Lunatic asylums Punjab 1881-1894 - 1881-1894
Year: 1881
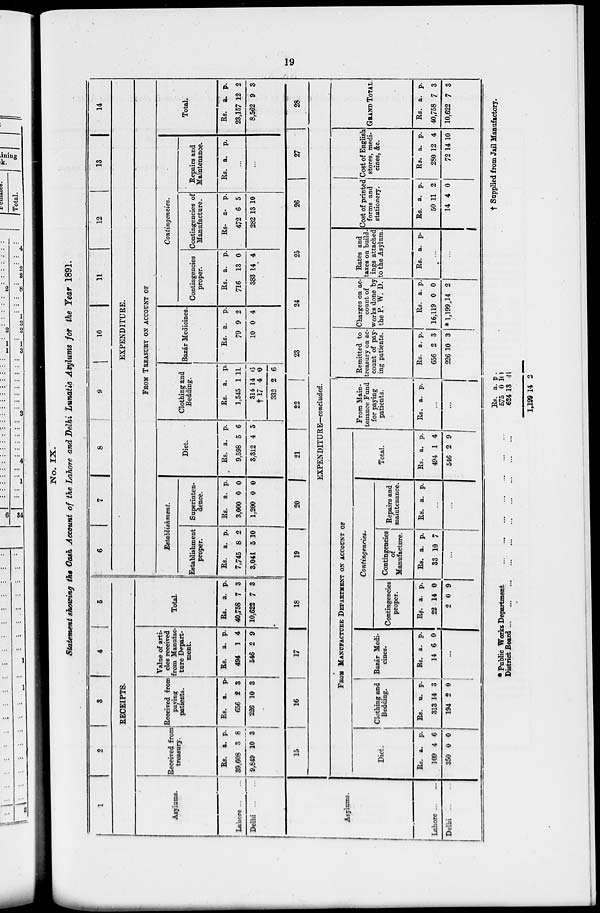
19
No. IX.
Statement showing the Cash Account of the Lahore and Delhi Lunatic Asylums for the Year 1891.
1
2
3 4
5
RECEIPTS.
Asylums.
Lahore ... ...
Delhi
...
...
Received from
treasury.
Rs.
39,608
9,849
a.
3
10
p.
8
3
Received from
paving
patients.
Rs.
656
226
a.
2
10
p.
3
3
Value of arti-
cles received
from Manufac-
ture Depart-
ment.
Rs.
494
546
a.
1
2
p.
4
9
Total
Rs.
40,758
10,622
a.
7
7
p.
3
3
6
7
8
9
10
11
12
13
14
EXPENDITURE.
FROM TREASURY ON ACCOUNT OF
Establishment.
Establishment
proper.
Rs.
7,745
3,041
a.
8
5
p.
2
10
Superinten-
dence.
Rs.
3,000
1,200
a.
0
0
p.
0
0
Diet.
Rs.
9,598
3,312
a.
5
4
p.
6
5
Clothing and
Bedding.
Rs.
1,545
314
†17
332
a.
1
14
4
2
p.
11
6
0
6
Bazár Medicines.
Rs.
79
10
a.
9
0
p.
2
4
Contingencies.
Contingencies
proper.
Rs.
716
383
a.
13
14
p.
0
4
Contingencies of
Manufacture.
Rs.
472
282
a.
6
13
p.
5
10
Repairs and
Maintenance.
Rs. a. p.
...
...
Total.
Rs.
23,157
8,562
a.
12
9
p.
2
3
Asylums.
Lahore ... ...
Delhi
...
...
15
16
17
18
19
20
21
22
23
24
25
26
27
28
EXPENDITURE—concluded.
FROM MANUFACTURE DEPARTMENT ON ACCOUNT OF
Diet.
Rs.
109
350
a.
4
0
p.
6
0
Clothing and
Bedding.
Rs.
313
194
a.
14
2
p.
3
0
Bazár Medi-
cines.
Rs.
14
a.
6
p.
0
...
Contingencies.
Contingencies
proper.
Rs.
22
2
a.
14
0
p.
0
9
Contingencies
of
Manufacture.
Rs.
33
a.
10
p.
7
...
Repairs and
maintenance.
Rs. a. p.
...
...
Total.
Rs.
494
546
a.
1
2
p.
4
9
From Main-
tenance Fund
for paying
patients.
Rs. a. p.
...
...
Remitted to
treasury on ac-
count of pay-
ing patients.
Rs.
656
226
a.
2
10
p.
3
3
Charges on ac-
count of
works done by
the P. W. D.
Rs.
16,119
* 1,199
a
0
14
p.
0
2
Rates and
taxes on build-
ings attached
to the Asylum.
Rs. a. p.
...
...
Cost of printed
forms and
stationery.
Rs.
50
14
a.
11
4
p.
2
0
Cost of English
stores, medi-
cines, &c.
Rs.
280
72
a.
12
14
p.
4
10
GRAND TOTAL.
Rs.
40,758
10,622
a.
7
7
p.
3
3
* Public Works Department
...
...
...
...
...
...
...
District Board ... ... ... ... ... ... ... ... ...
Rs.
575
624
1,199
a.
0
13
14
p.
10
44
2
† Supplied from Jail Manufactory.